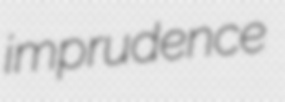
imprudence